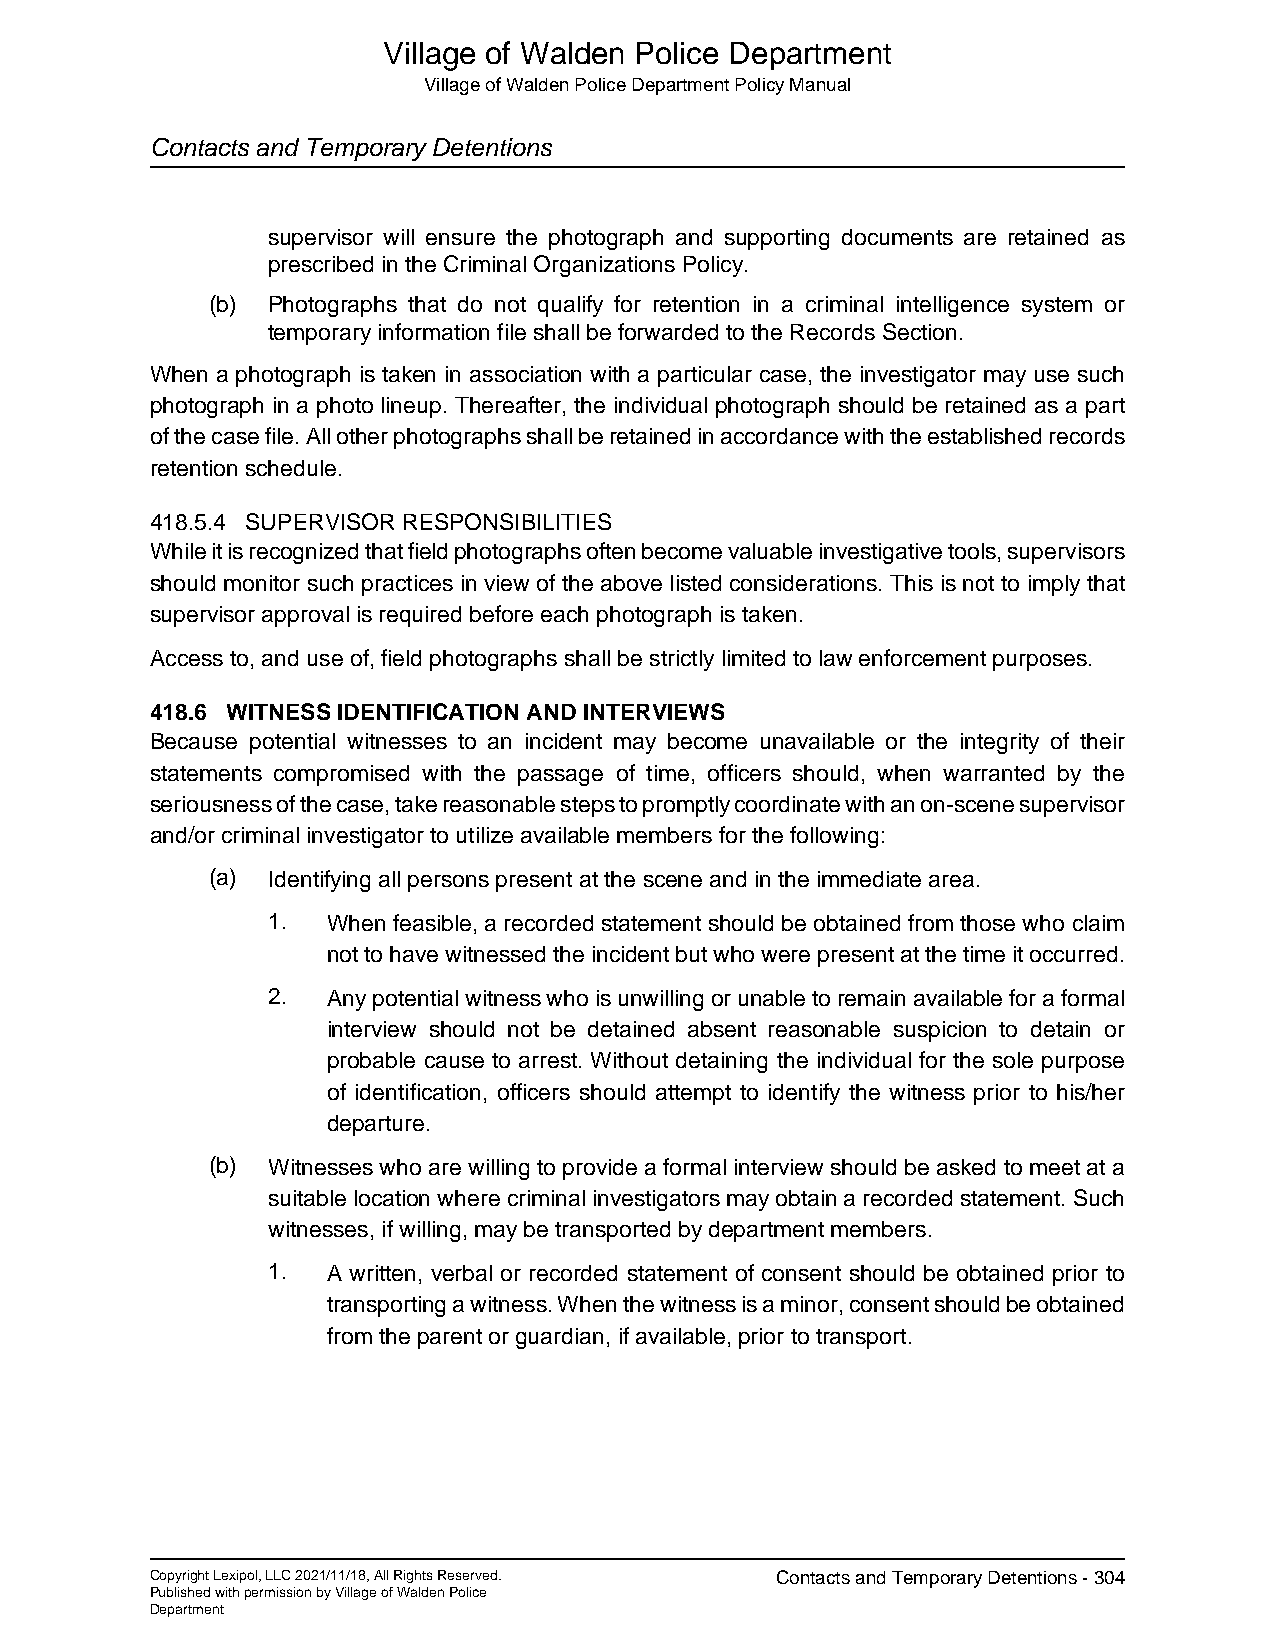
Village of Walden Police Department
 Village of Walden Police Department Policy Manual
 Contacts and Temporary Detentions
 supervisor will ensure the photograph and supporting documents are retained as
 prescribed in the Criminal Organizations Policy.
 (b) Photographs that do not qualify for retention in a criminal intelligence system or
 temporary information file shall be forwarded to the Records Section.
 When a photograph is taken in association with a particular case, the investigator may use such
 photograph in a photo lineup. Thereafter, the individual photograph should be retained as a part
 of the case file. All other photographs shall be retained in accordance with the established records
 retention schedule.
 418.5.4 SUPERVISOR RESPONSIBILITIES
 While it is recognized that field photographs often become valuable investigative tools, supervisors
 should monitor such practices in view of the above listed considerations. This is not to imply that
 supervisor approval is required before each photograph is taken.
 Access to, and use of, field photographs shall be strictly limited to law enforcement purposes.
 418.6 WITNESS IDENTIFICATION AND INTERVIEWS
 Because potential witnesses to an incident may become unavailable or the integrity of their
 statements compromised with the passage of time, officers should, when warranted by the
 seriousness of the case, take reasonable steps to promptly coordinate with an on-scene supervisor
 and/or criminal investigator to utilize available members for the following:
 (a) Identifying all persons present at the scene and in the immediate area.
 1.  When feasible, a recorded statement should be obtained from those who claim
 not to have witnessed the incident but who were present at the time it occurred.
 2.  Any potential witness who is unwilling or unable to remain available for a formal
 interview should not be detained absent reasonable suspicion to detain or
 probable cause to arrest. Without detaining the individual for the sole purpose
 of identification, officers should attempt to identify the witness prior to his/her
 departure.
 (b) Witnesses who are willing to provide a formal interview should be asked to meet at a
 suitable location where criminal investigators may obtain a recorded statement. Such
 witnesses, if willing, may be transported by department members.
 1.  A written, verbal or recorded statement of consent should be obtained prior to
 transporting a witness. When the witness is a minor, consent should be obtained
 from the parent or guardian, if available, prior to transport.
 Copyright Lexipol, LLC 2021/11/18, All Rights Reserved. Contacts and Temporary Detentions - 304
 Published with permission by Village of Walden Police
 Department